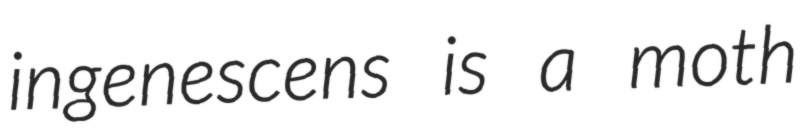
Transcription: ingenescens is a moth